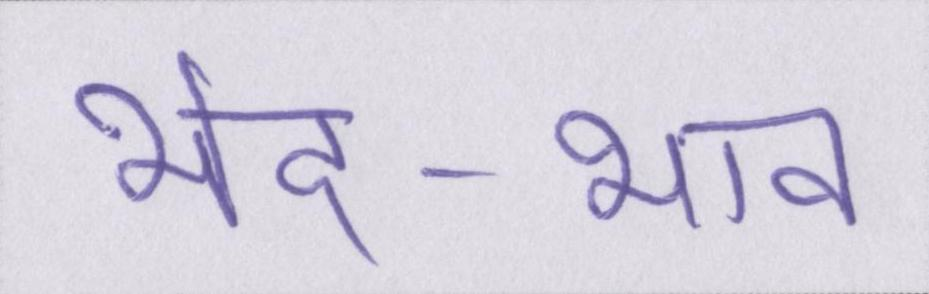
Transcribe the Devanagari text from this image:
भेद-भाव